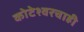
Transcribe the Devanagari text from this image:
कोटेश्वरचाही